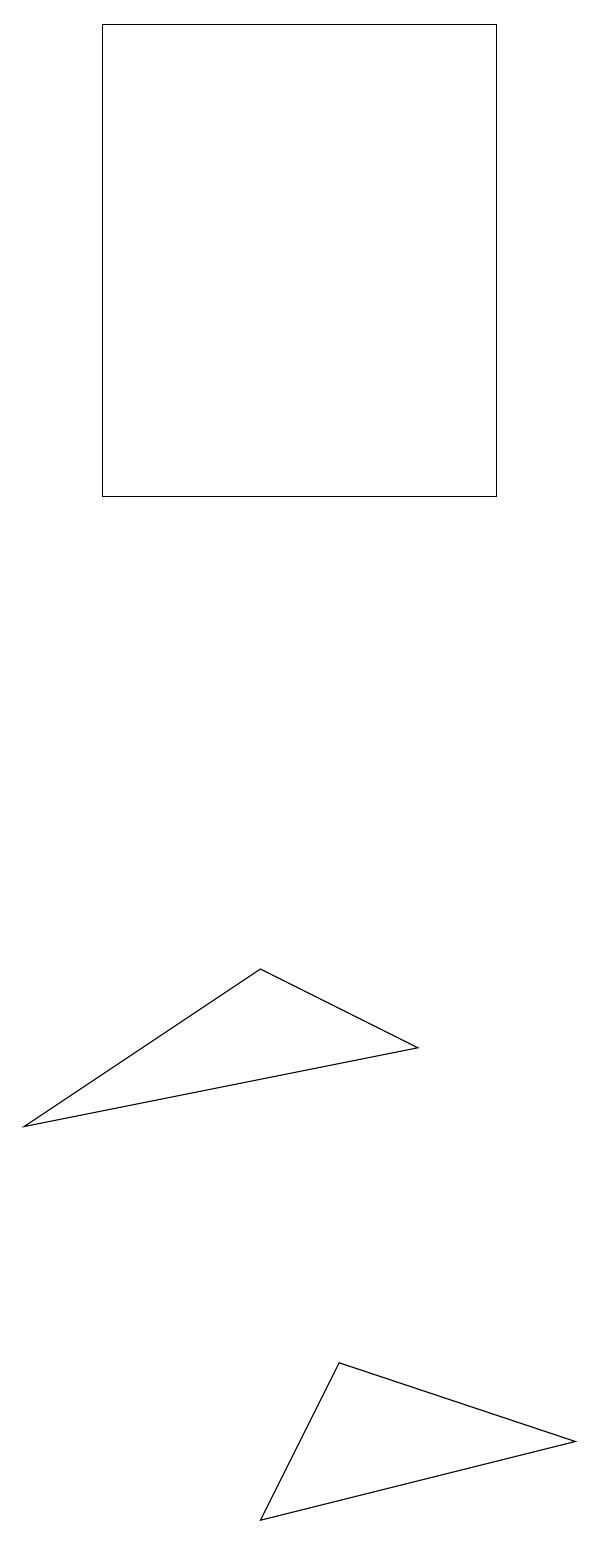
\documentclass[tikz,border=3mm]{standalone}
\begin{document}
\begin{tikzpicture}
\draw (8,13) rectangle (3,19);
\draw (9,1) -- (6,2) -- (5,0) -- cycle;
\draw (7,6) -- (5,7) -- (2,5) -- cycle;
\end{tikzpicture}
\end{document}